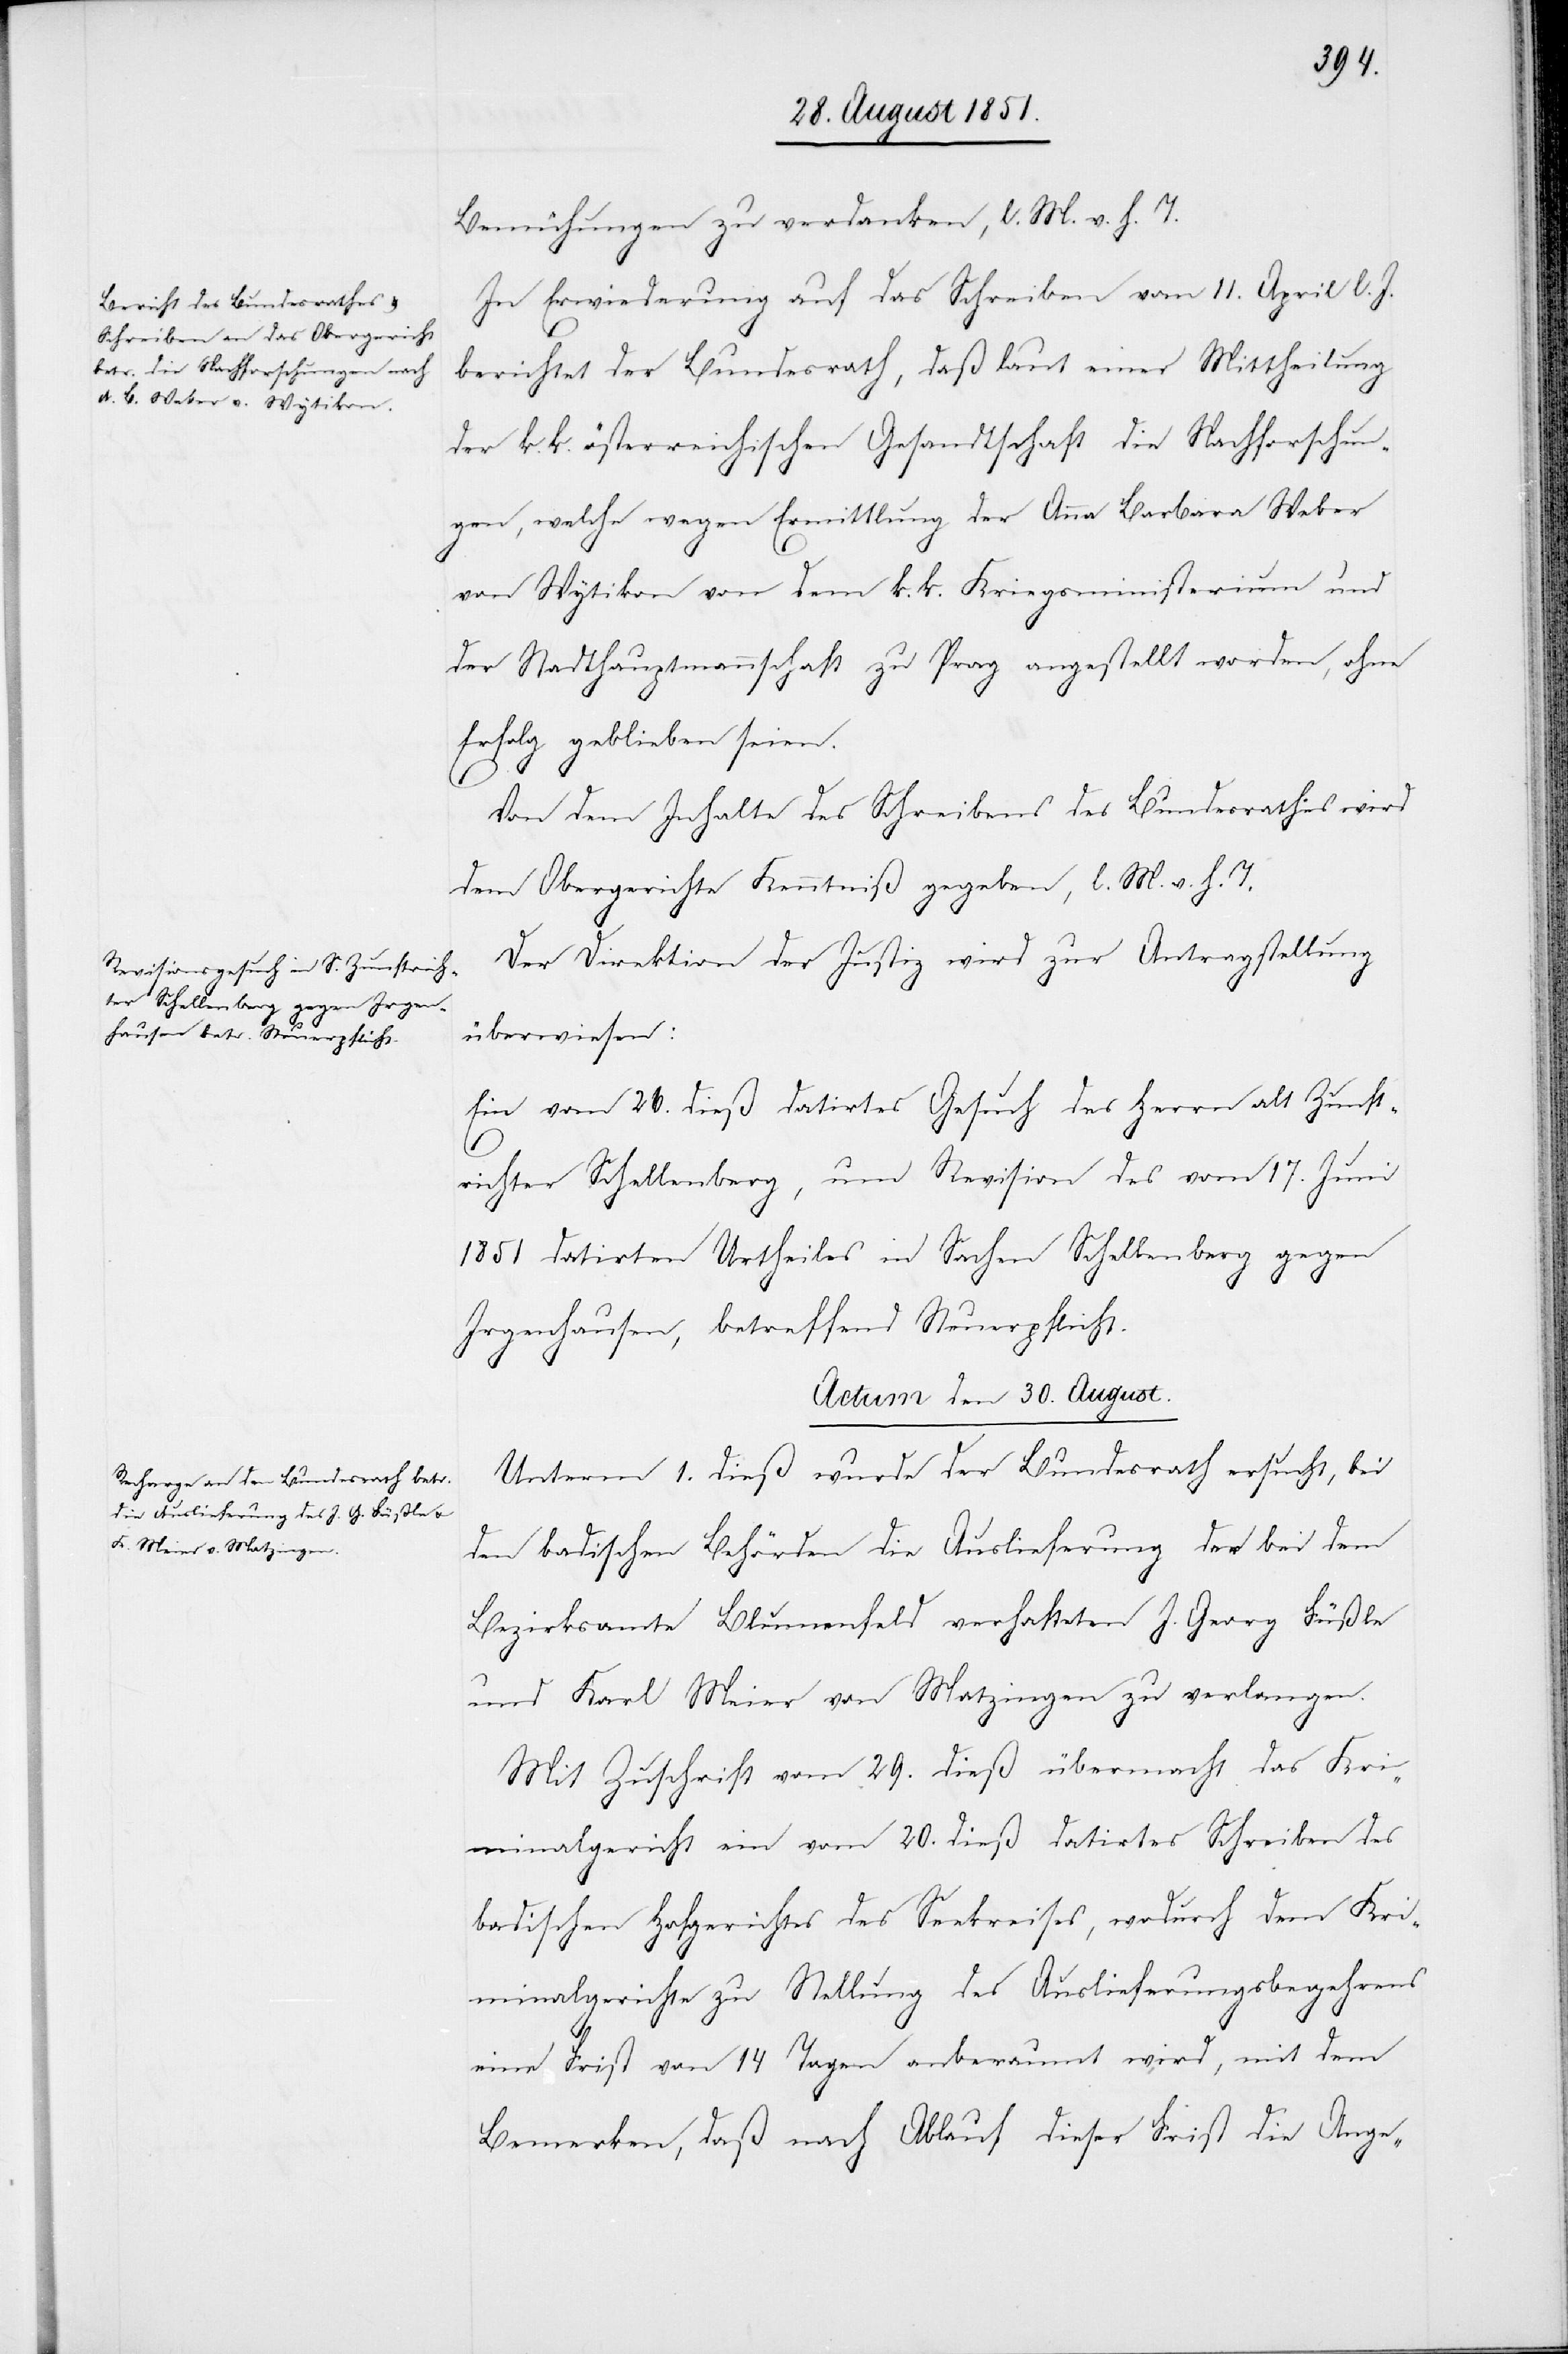
Bemühungen zu verdanken, l. M. v. h. T.
In Erwiederung auf das Schreiben vom 11. April l. J.
berichtet der Bundesrath, daß laut einer Mittheilung
der k. k. österreichischen Gesandtschaft die Nachforschun¬
gen, welche wegen Ermittlung der Anna Barbara Weber
von Wytikon von dem k. k. Kriegsministerium und
der Stadthauptmannschaft zu Prag angestellt worden, ohne
Erfolg geblieben seien.
Von dem Inhalte des Schreibens des Bundesrathes wird
dem Obergerichte Kenntniß gegeben, l. M. v. h. T.
Der Direktion der Justiz wird zur Antragstellung
überwiesen:
Ein vom 26. dieß datirtes Gesuch des Herrn alt Zunft¬
richter Schellenberg, um Revision des vom 17. Juni
1851 datirten Urtheiles in Sachen Schellenberg gegen
Irgenhausen, betreffend Steuerpflicht.
Actum den 30. August.
Unterm 1. dieß wurde der Bundesrath ersucht, bei
den badischen Behörden die Auslieferung der bei dem
Bezirksamte Blumenfeld verhafteten J. Georg Füßle
und Karl Meier von Matzingen zu verlangen.
Mit Zuschrift vom 29. dieß übermacht das Kri¬
minalgericht ein vom 20. dieß datirtes Schreiben des
badischen Hofgerichtes des Seekreises, wodurch dem Kri¬
minalgerichte zu Stellung des Auslieferungsbegehrens
eine Frist von 14 Tagen anberaumt wird, mit dem
Bemerken, daß nach Ablauf dieser Frist die Ange-